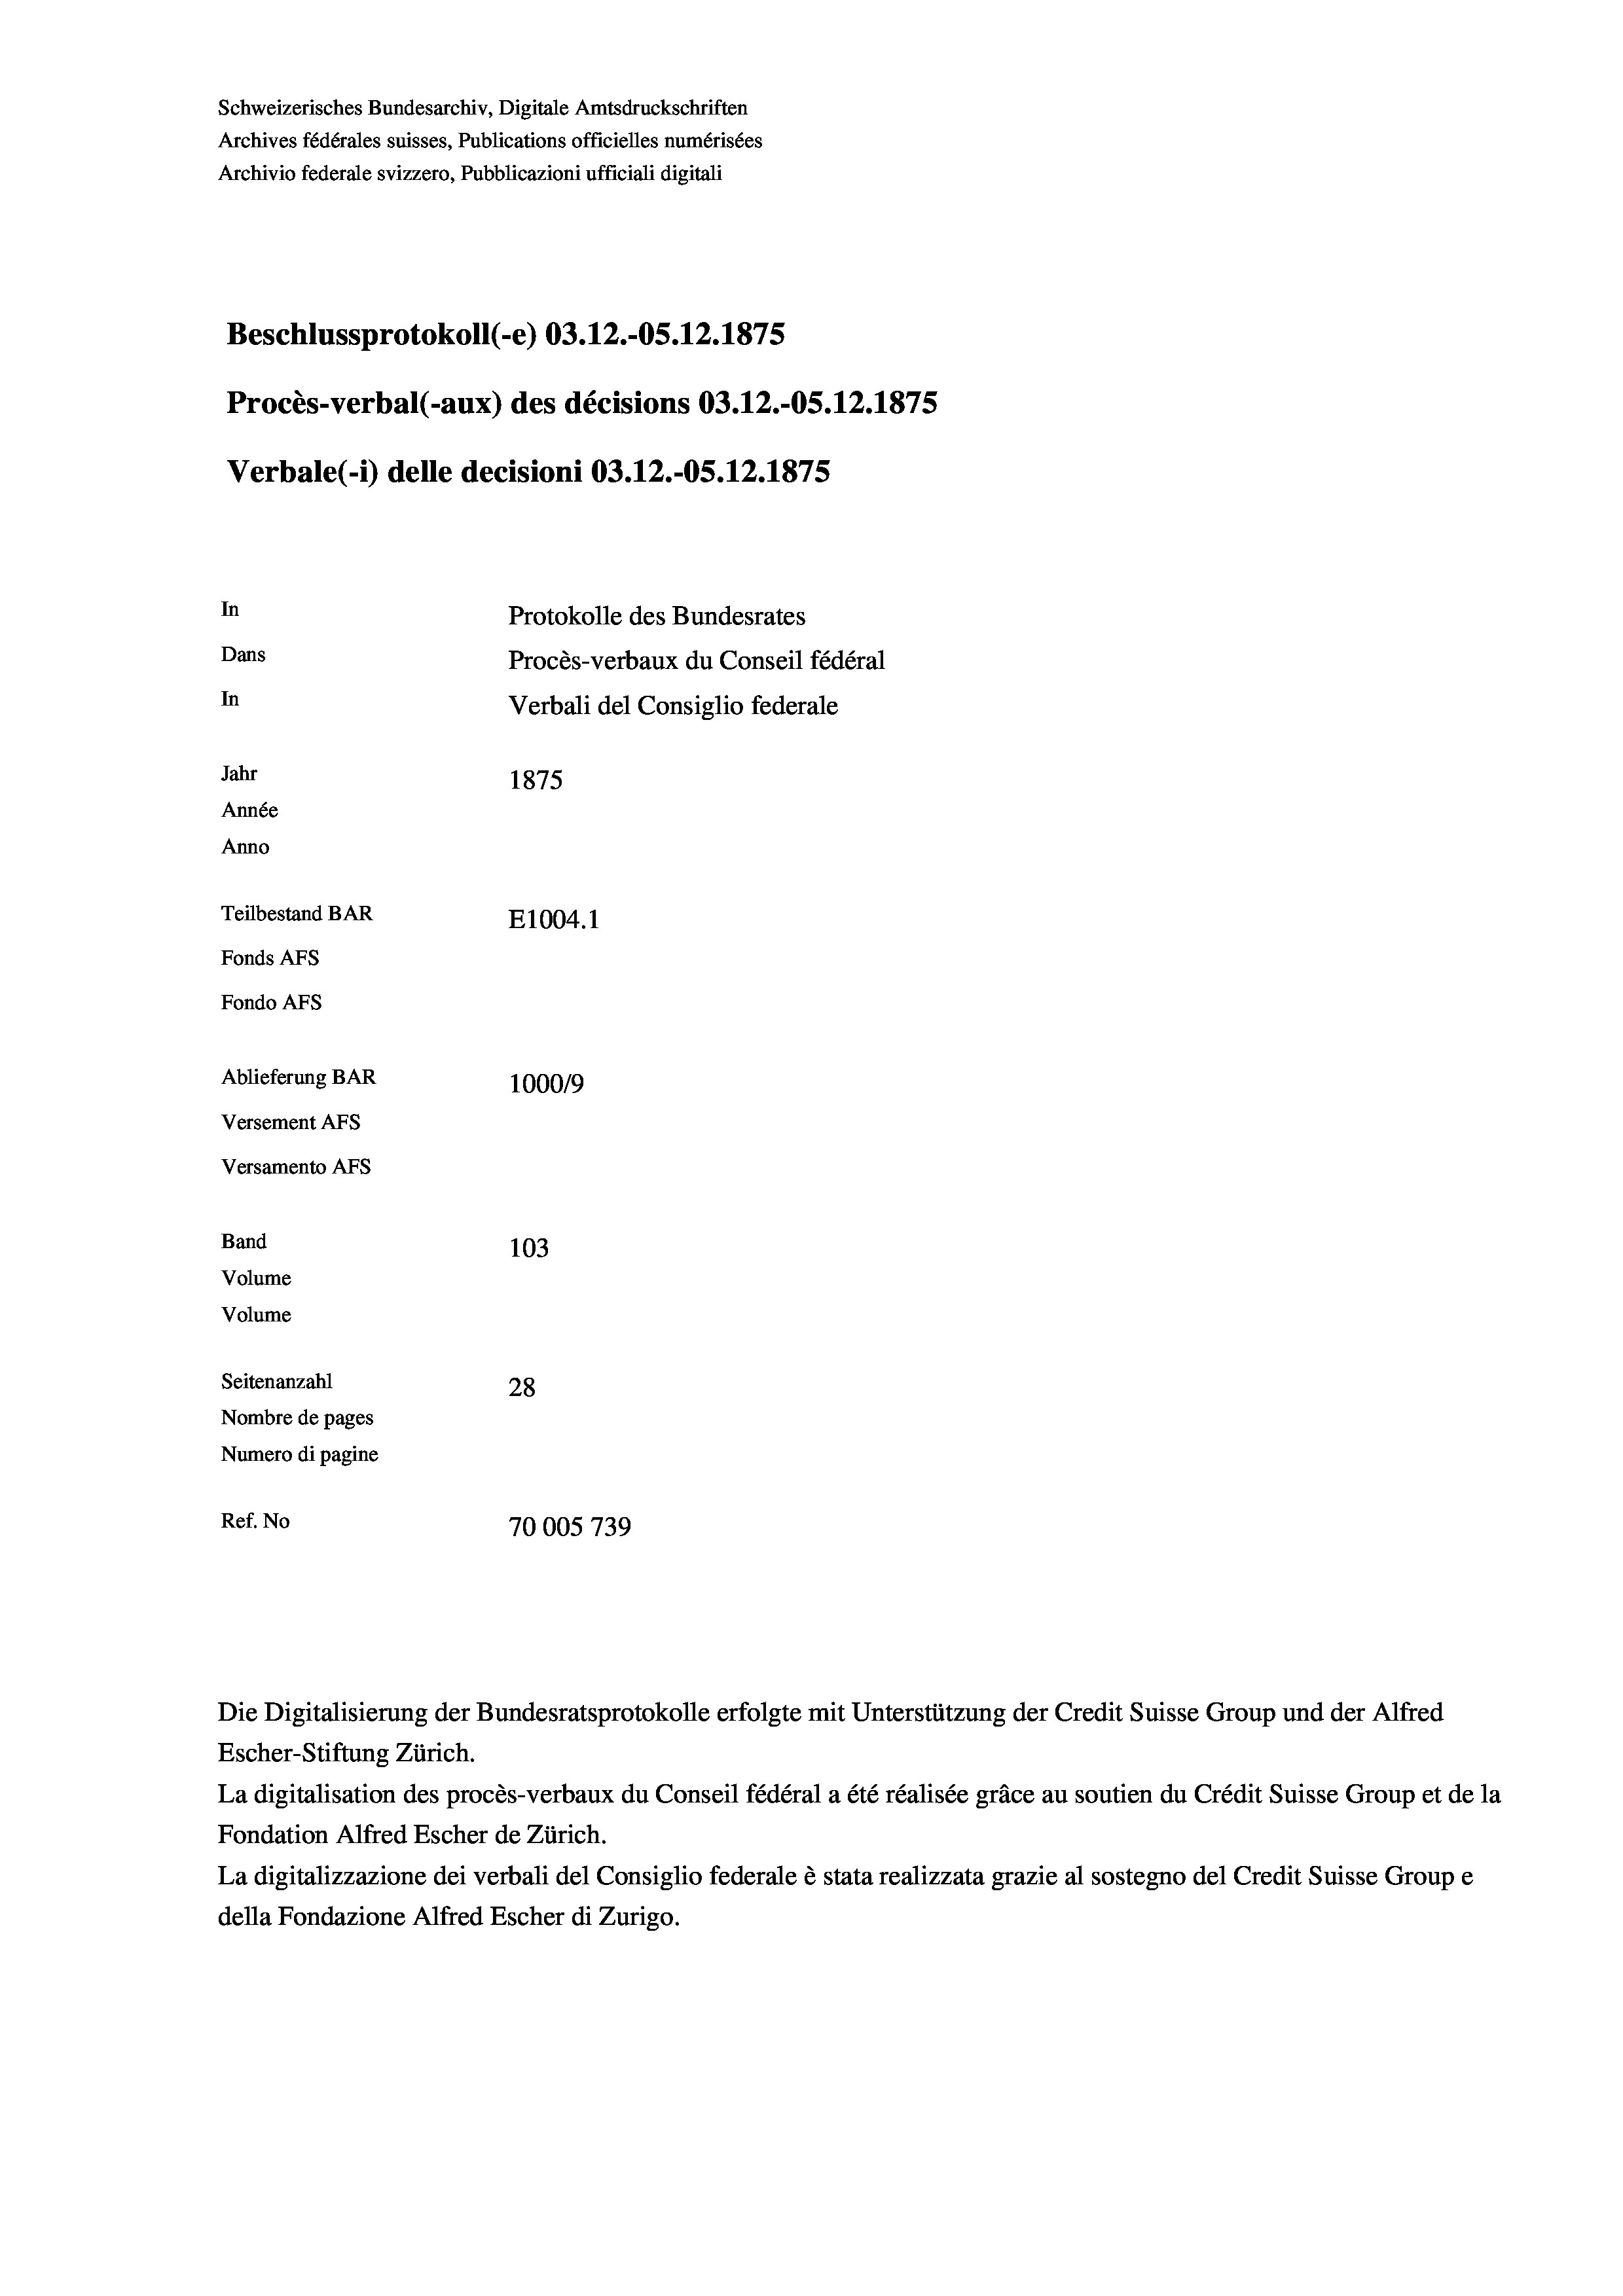
Schweizerisches Bundesarchiv, Digitale Amtsdruckschriften
Archives fédérales suisses, Publications officielles numérisées
Archivio federale svizzero, Pubblicazioni ufficiali digitali
Beschlussprotokoll (-e) 03.12.-OS.12.1875
Procès-verbal (-aux) des décisions 03.12.-OS.12.1875
Verbale(*) delle decisioni 03.12.-OS. 12. 1875
In
Protokolle des Bundesrates
Dans
Procès-verbaux du Conseil fédéral
In
Verbali del Consiglio federale
Jahr
1875
Année
Anno
Teilbestand BAR
E1004. 1
Fonds AFs
Fondo Afs
Ablieferung BAR
100019
Versement AFs
Versamento Afs
Band
103
Volume
Volume
Seitenanzahl
28
Nombre de pages
Numero di pagine
Ref. No
70005739

Die Digitalisierung der Bundesratsprotokolle erfolgte mit Unterstützung der Credit Suisse Group und der Alfred

Escher-Stiftung Zürich.
La digitalisation des procès-verbaux du Conseil fédéral a été réalisée gräce au soutien du Crédit Suisse Group et de la
Fondation Alfred Escher de Zürich.
La digitalizzazione dei verbali del Consiglio federale è stata realizzata grazie al sostegno del Credit Suisse Groupe
della Fondazione Alfred Escher di Zurigo.